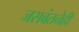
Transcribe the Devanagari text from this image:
जसवंतनेही